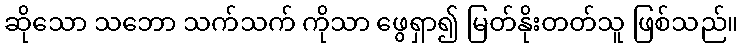
ဆိုသော သဘော သက်သက် ကိုသာ ဖွေရှာ၍ မြတ်နိုးတတ်သူ ဖြစ်သည်။